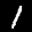
Label: 1